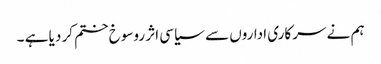
ہم نے سرکاری اداروں سے سیاسی اثر روسوخ ختم کر دیا ہے ۔